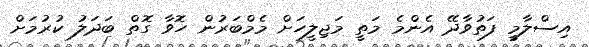
އިސްލާމީ ފަތުވާދޭ އެންމެ މަތީ މަޖިލީހަށް މެމްބަރުން ހޮވާ ގޮތް ބަދަލު ކުރުމަށް